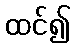
ထင်၍